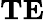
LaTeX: \mathbf{TE}